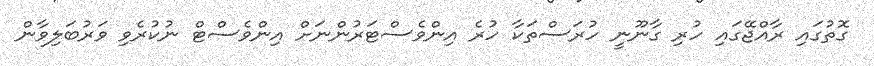
ގޮތުގައި ރާއްޖޭގައި ހުރި ގާނޫނީ ހުރަސްތަކާ ހުރެ އިންވެސްޓަރުންނަށް އިންވެސްޓް ނުކުރެވި ވަރުބަލިވާން